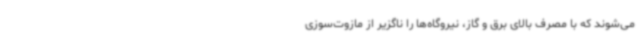
می‌شوند که با مصرف بالای برق و گاز، نیروگاه‌ها را ناگزیر از مازوت‌سوزی